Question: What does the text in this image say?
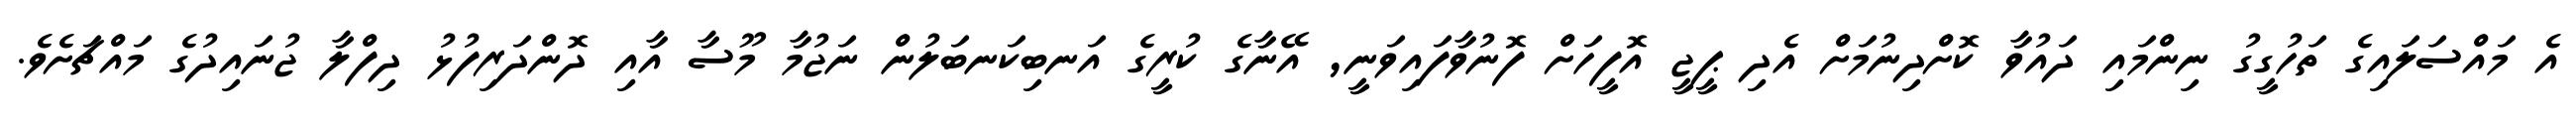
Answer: އެ މައްސަލައިގެ ތަހުގީގު ނިންމައި ދައުވާ ކޮށްދިނުމަށް އެދި ޕީޖީ އޮފީހަށް ފޮނުވާފައިވަނީ, އޭނާގެ ކުރީގެ އަނބިކަނބަލުން ނަޖުމާ މޫސާ އާއި ދޮންދަރިފުޅު ދިފްލާ ޖުނައިދުގެ މައްޗަށެވެ.